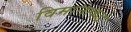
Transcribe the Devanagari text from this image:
विमानाकडे